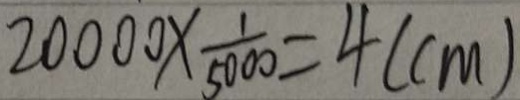
2 0 0 0 0 \times \frac { 1 } { 5 0 0 0 } = 4 ( c m )